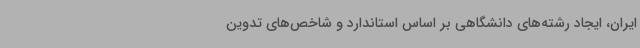
ایران، ایجاد رشته‌های دانشگاهی بر اساس استاندارد و شاخص‌های تدوین